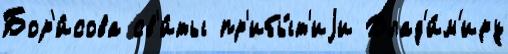
Бор'и́сова св'и́ты пр'ибы́т'иjи Влад'и́м'иру